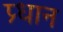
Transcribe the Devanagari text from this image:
प्र्धान